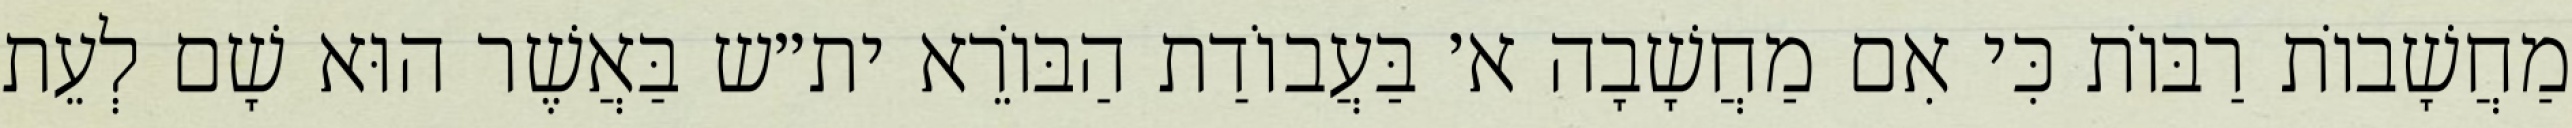
מַחֲשָׁבוֹת רַבּוֹת כִּי אִם מַחֲשָׁבָה א׳ בַּעֲבוֹדַת הַבּוֹרֵא ית״ש בַּאֲשֶׁר הוּא שָׁם לְעֵת